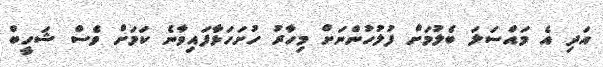
އަދި އެ މައްސަލަ ބެލުމަށް ފުލުހުންނަށް މިހާރު ހުށަހަޅާފައިވާނެ ކަމަށް ވެސް ޝަހީބް